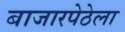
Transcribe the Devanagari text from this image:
बाजारपेठेला